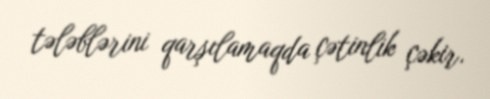
tələblərini qarşılamaqda çətinlik çəkir.